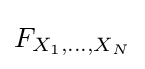
F_{X_{1},\ldots ,X_{N}}